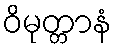
ဝိမုတ္တာနံ